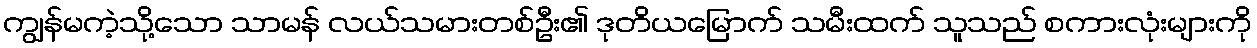
ကျွန်မကဲ့သို့သော သာမန် လယ်သမားတစ်ဦး၏ ဒုတိယမြောက် သမီးထက် သူသည် စကားလုံးများကို